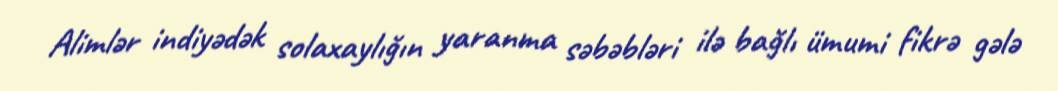
Alimlər indiyədək solaxaylığın yaranma səbəbləri ilə bağlı ümumi fikrə gələ